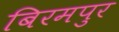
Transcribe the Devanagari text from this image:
बिरमपुर